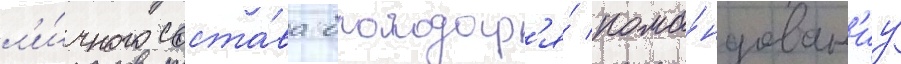
л'и́чного соста́ва благодар'я́ кома́ндован'иу